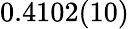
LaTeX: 0.4102(10)